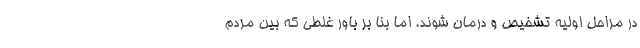
در مراحل اولیه تشخیص و درمان شوند. اما بنا بر باور غلطی که بین مردم